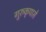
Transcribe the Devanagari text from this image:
गुरुकृपासे